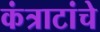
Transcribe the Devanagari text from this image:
कंत्राटांचे